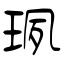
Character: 珟